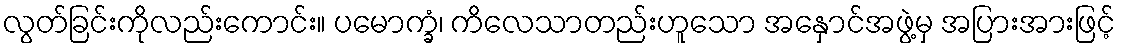
လွတ်ခြင်းကိုလည်းကောင်း။ ပမောက္ခံ၊ ကိလေသာတည်းဟူသော အနှောင်အဖွဲ့မှ အပြားအားဖြင့်